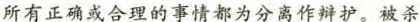
所有正确或合理的事情都为分离作辩护。被杀